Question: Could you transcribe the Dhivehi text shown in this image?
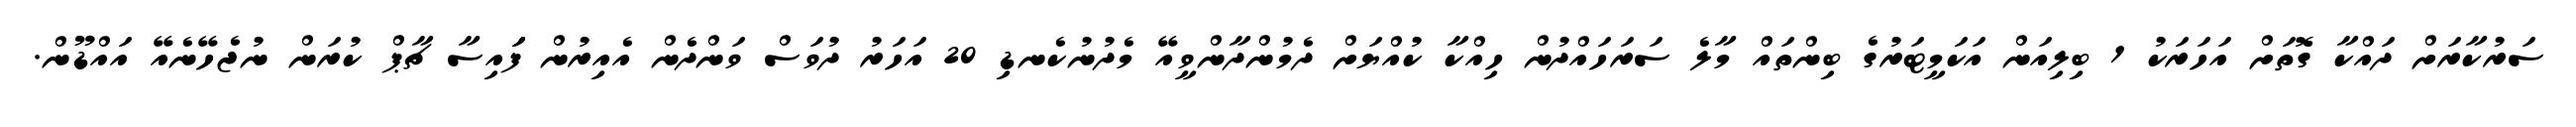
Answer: ސަރުކާރަށް ދައްކާ ގޮތަށް އަހަރަކު 1 ބިލިއަން އަކަމީޓަރުގެ ބިންތައް މާލެ ސަރަހައްދުން ހިއްކާ ކުއްޔަށް ދެމުންދާންވީއޭ މެދުނުކެނޑި 20 އަހަރު ދުވަސް ވަންދެން އެއިރުން ފަައިސާ ޗާޕް ކުރަން ނުޖެހޭނެއޭ އައްޑޫން.